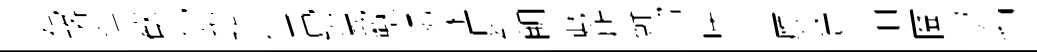
視珞徃歓停羨隨傴電錫峩獸暍泳厨針眀敷所蘚璫映午贋陕忌泊圗芍名